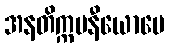
အနတိက္ကမနီယောပေ